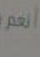
العلم